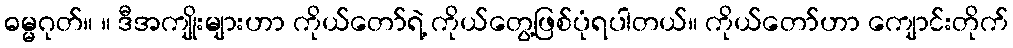
ဓမ္မဂုတ်။ ။ ဒီအကျိုးများဟာ ကိုယ်တော်ရဲ့ ကိုယ်တွေ့ဖြစ်ပုံရပါတယ်။ ကိုယ်တော်ဟာ ကျောင်းတိုက်